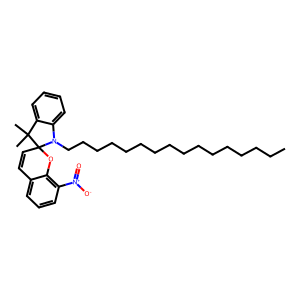
SMILES: CCCCCCCCCCCCCCCCN1c2ccccc2C(C)(C)C12C=Cc1cccc([N+](=O)[O-])c1O2
Inhibits HIV replication: No